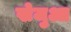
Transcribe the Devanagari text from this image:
खेजुआ